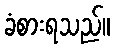
ခံစားရသည်။